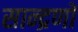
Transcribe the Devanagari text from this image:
सान्द्रणों